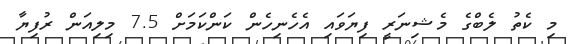
މި ކެތު ލެބްގެ މެޝިނަރީ ފިޔަވައި އެހެނިހެން ކަންކަމަށް 7.5 މިލިއަން ރުފިޔާ